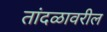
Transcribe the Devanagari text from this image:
तांदळावरील